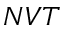
N V T